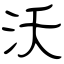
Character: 沃